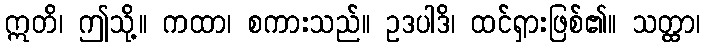
ဣတိ၊ ဤသို့။ ကထာ၊ စကားသည်။ ဥဒပါဒိ၊ ထင်ရှားဖြစ်၏။ သတ္ထာ၊